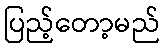
ပြည့်တော့မည်